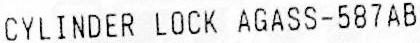
CYLINDER LOCK AGASS-587AB